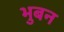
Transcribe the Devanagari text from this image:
भुबन